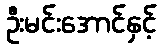
ဦးမင်းအောင်နှင့်